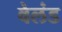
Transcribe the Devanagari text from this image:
वेलंड